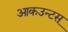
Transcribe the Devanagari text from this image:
आकउन्टस्